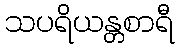
သပရိယန္တစာရီ